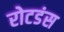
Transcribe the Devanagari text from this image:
रोटडंस